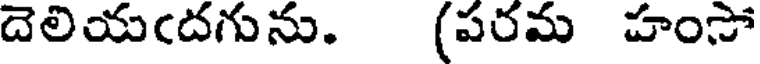
దెలియఁదగును. (పరమ హంసో